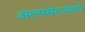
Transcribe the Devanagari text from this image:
अल्पसंख़्यकों